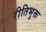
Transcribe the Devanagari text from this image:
रीतिभुक्त